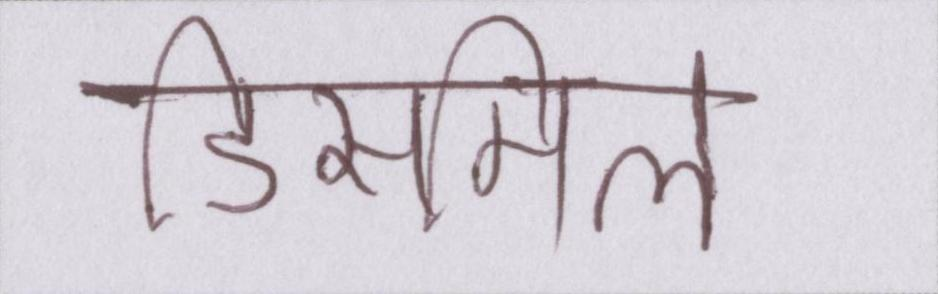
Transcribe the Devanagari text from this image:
डिसमिल